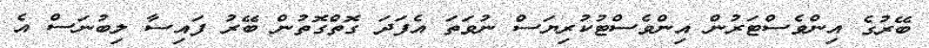
ބޭރުގެ އިންވެސްޓަރުން އިންވެސްޓުކުރިޔަސް ނުވަތަ އެފަދަ ގޮތްގޮތުން ބޭރު ފައިސާ ލިބުނަސް އެ